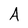
Character: A